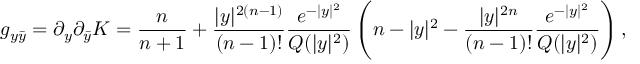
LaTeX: g _ { y \bar { y } } = \partial _ { y } \partial _ { \bar { y } } K = \frac n { n + 1 } + { \frac { | y | ^ { 2 ( n - 1 ) } } { ( n - 1 ) ! } } { \frac { e ^ { - | y | ^ { 2 } } } { Q ( | y | ^ { 2 } ) } } \left( n - | y | ^ { 2 } - { \frac { | y | ^ { 2 n } } { ( n - 1 ) ! } } { \frac { e ^ { - | y | ^ { 2 } } } { Q ( | y | ^ { 2 } ) } } \right) ,